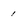
Character: 1